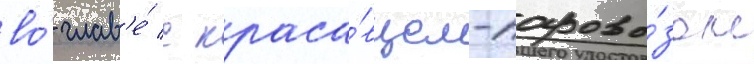
во́ глав'е́ с краса́вцем-парово́зом